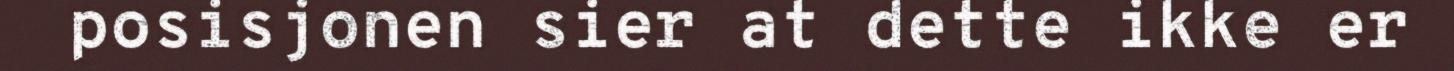
posisjonen sier at dette ikke er